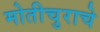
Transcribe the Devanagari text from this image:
मोतीचुराचे